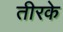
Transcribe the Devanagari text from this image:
तीरके